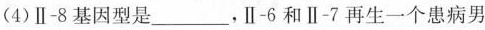
(4)Ⅱ-8基因型是___，Ⅱ-6和Ⅱ-7再生一个患病男